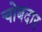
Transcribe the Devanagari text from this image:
चोबदार